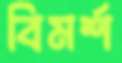
বিমর্শ